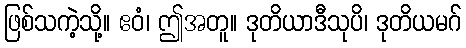
ဖြစ်သကဲ့သို့။ ဧဝံ၊ ဤအတူ။ ဒုတိယာဒီသုပိ၊ ဒုတိယမဂ်